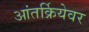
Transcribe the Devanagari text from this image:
आंतर्क्रियेवर